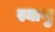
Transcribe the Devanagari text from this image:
स्याणु